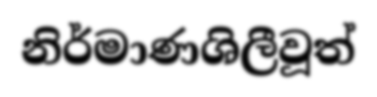
නිර්මාණශිලීවූත්